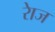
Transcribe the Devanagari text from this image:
रेाज